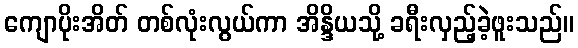
ကျောပိုးအိတ် တစ်လုံးလွယ်ကာ အိန္ဒိယသို့ ခရီးလှည့်ခဲ့ဖူးသည်။